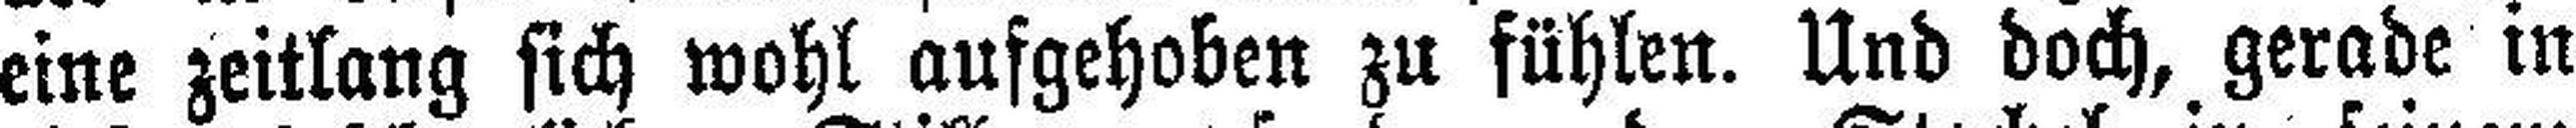
eine zeitlang sich wohl aufgehoben zu fühlen. Und doch, gerade in